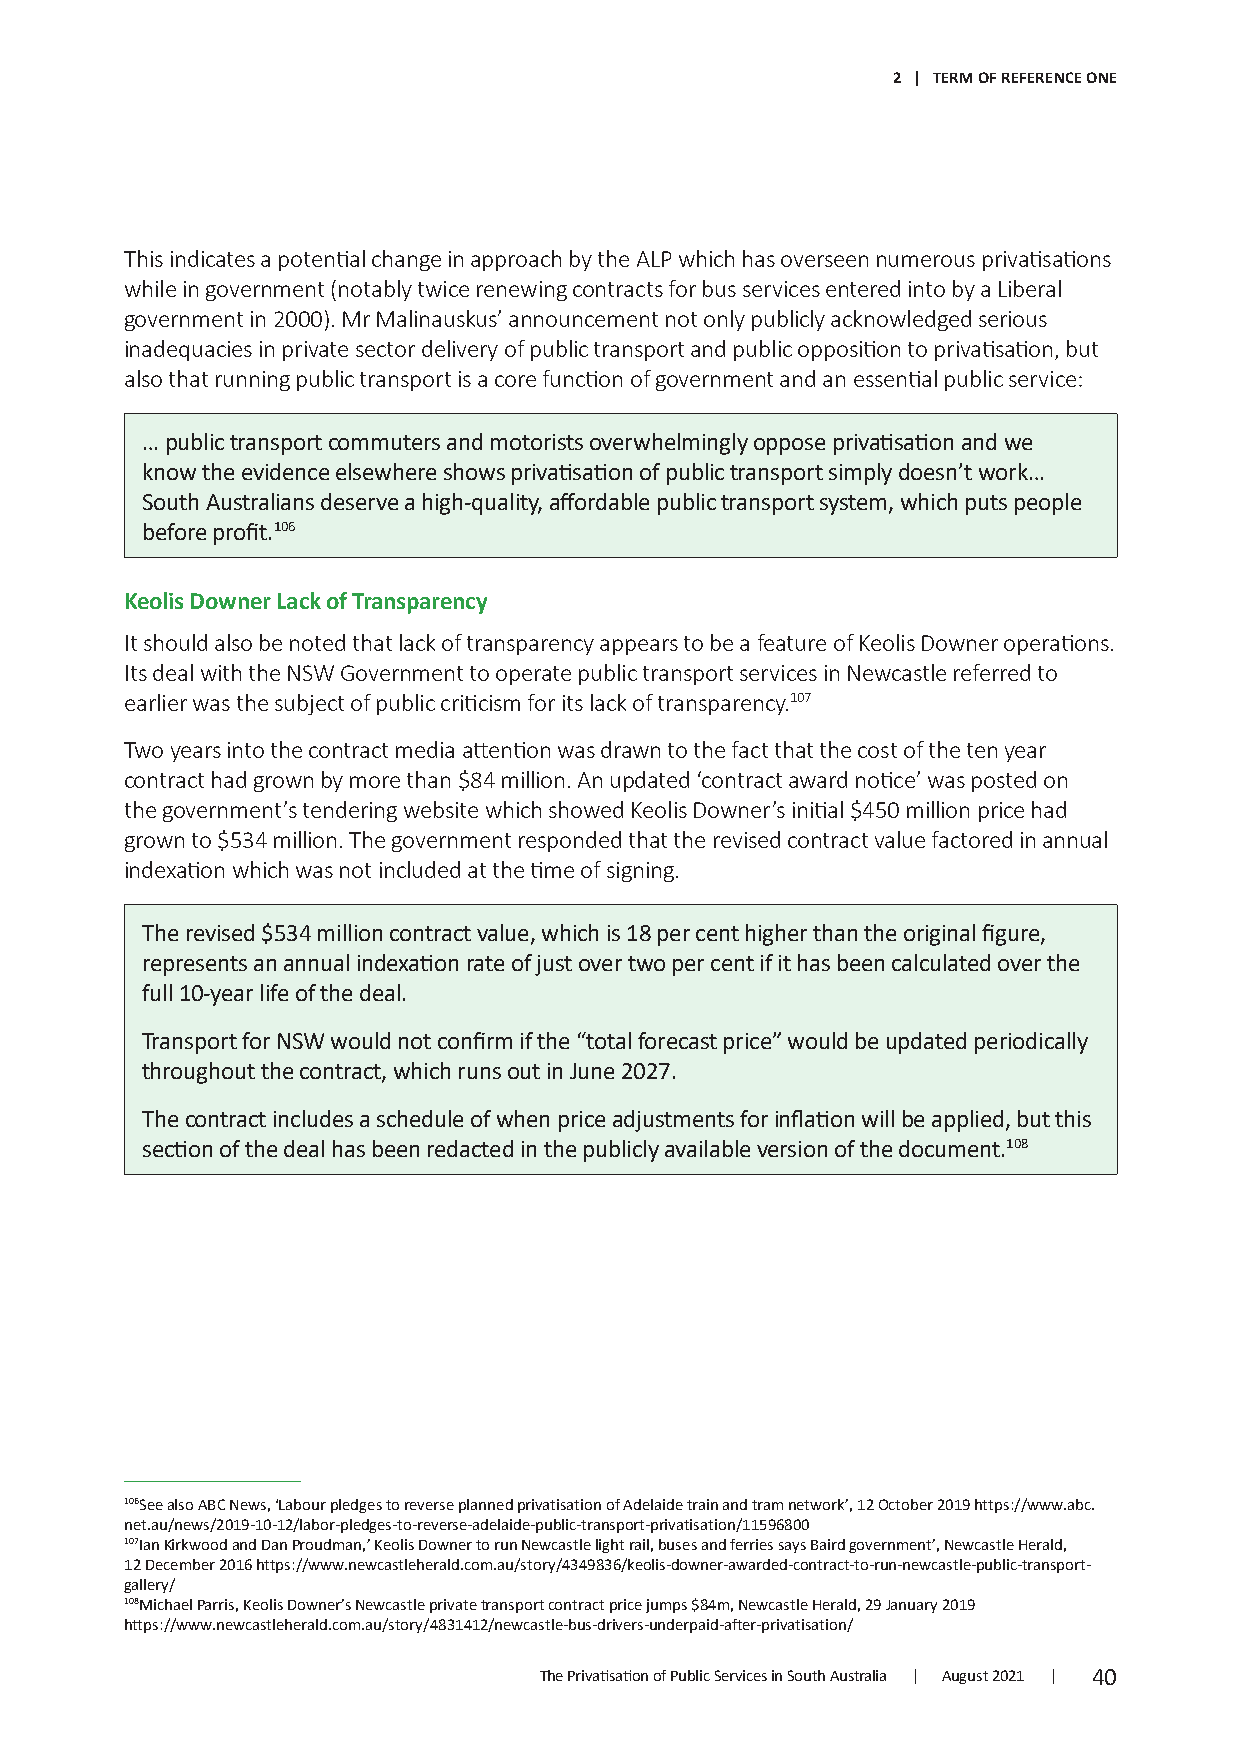
2 | TERM OF REFERENCE ONE
 This indicates a potential change in approach by the ALP which has overseen numerous privatisations
 while in government (notably twice renewing contracts for bus services entered into by a Liberal
 government in 2000). Mr Malinauskus’ announcement not only publicly acknowledged serious
 inadequacies in private sector delivery of public transport and public opposition to privatisation, but
 also that running public transport is a core function of government and an essential public service:
 … public transport commuters and motorists overwhelmingly oppose privatisation and we
 know the evidence elsewhere shows privatisation of public transport simply doesn’t work…
 South Australians deserve a high-quality, affordable public transport system, which puts people
 before profit.106
 Keolis Downer Lack of Transparency
 It should also be noted that lack of transparency appears to be a feature of Keolis Downer operations.
 Its deal with the NSW Government to operate public transport services in Newcastle referred to
 earlier was the subject of public criticism for its lack of transparency.107
 Two years into the contract media attention was drawn to the fact that the cost of the ten year
 contract had grown by more than $84 million. An updated ‘contract award notice’ was posted on
 the government’s tendering website which showed Keolis Downer’s initial $450 million price had
 grown to $534 million. The government responded that the revised contract value factored in annual
 indexation which was not included at the time of signing.
 The revised $534 million contract value, which is 18 per cent higher than the original figure,
 represents an annual indexation rate of just over two per cent if it has been calculated over the
 full 10-year life of the deal.
 Transport for NSW would not confirm if the “total forecast price” would be updated periodically
 throughout the contract, which runs out in June 2027.
 The contract includes a schedule of when price adjustments for inflation will be applied, but this
 section of the deal has been redacted in the publicly available version of the document.108
 106See also ABC News, ‘Labour pledges to reverse planned privatisation of Adelaide train and tram network’, 12 October 2019 https://www.abc.
 net.au/news/2019-10-12/labor-pledges-to-reverse-adelaide-public-transport-privatisation/11596800
 107Ian Kirkwood and Dan Proudman,’ Keolis Downer to run Newcastle light rail, buses and ferries says Baird government’, Newcastle Herald,
 12 December 2016 https://www.newcastleherald.com.au/story/4349836/keolis-downer-awarded-contract-to-run-newcastle-public-transport-
 gallery/
 108Michael Parris, Keolis Downer’s Newcastle private transport contract price jumps $84m, Newcastle Herald, 29 January 2019
 https://www.newcastleherald.com.au/story/4831412/newcastle-bus-drivers-underpaid-after-privatisation/
 The Privatisation of Public Services in South Australia | August 2021 | 40